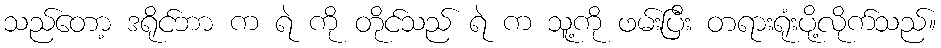
သည်တော့ ဒရိုင်ဘာ က ရဲ ကို တိုင်သည် ရဲ က သူ့ကို ဖမ်းပြီး တရားရုံးပို့လိုက်သည်။